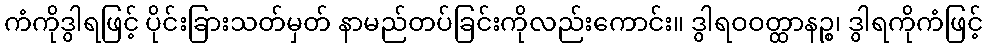
ကံကိုဒွါရဖြင့် ပိုင်းခြားသတ်မှတ် နာမည်တပ်ခြင်းကိုလည်းကောင်း။ ဒွါရဝဝတ္ထာနဉ္စ၊ ဒွါရကိုကံဖြင့်